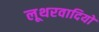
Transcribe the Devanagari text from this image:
लूथरवादियों